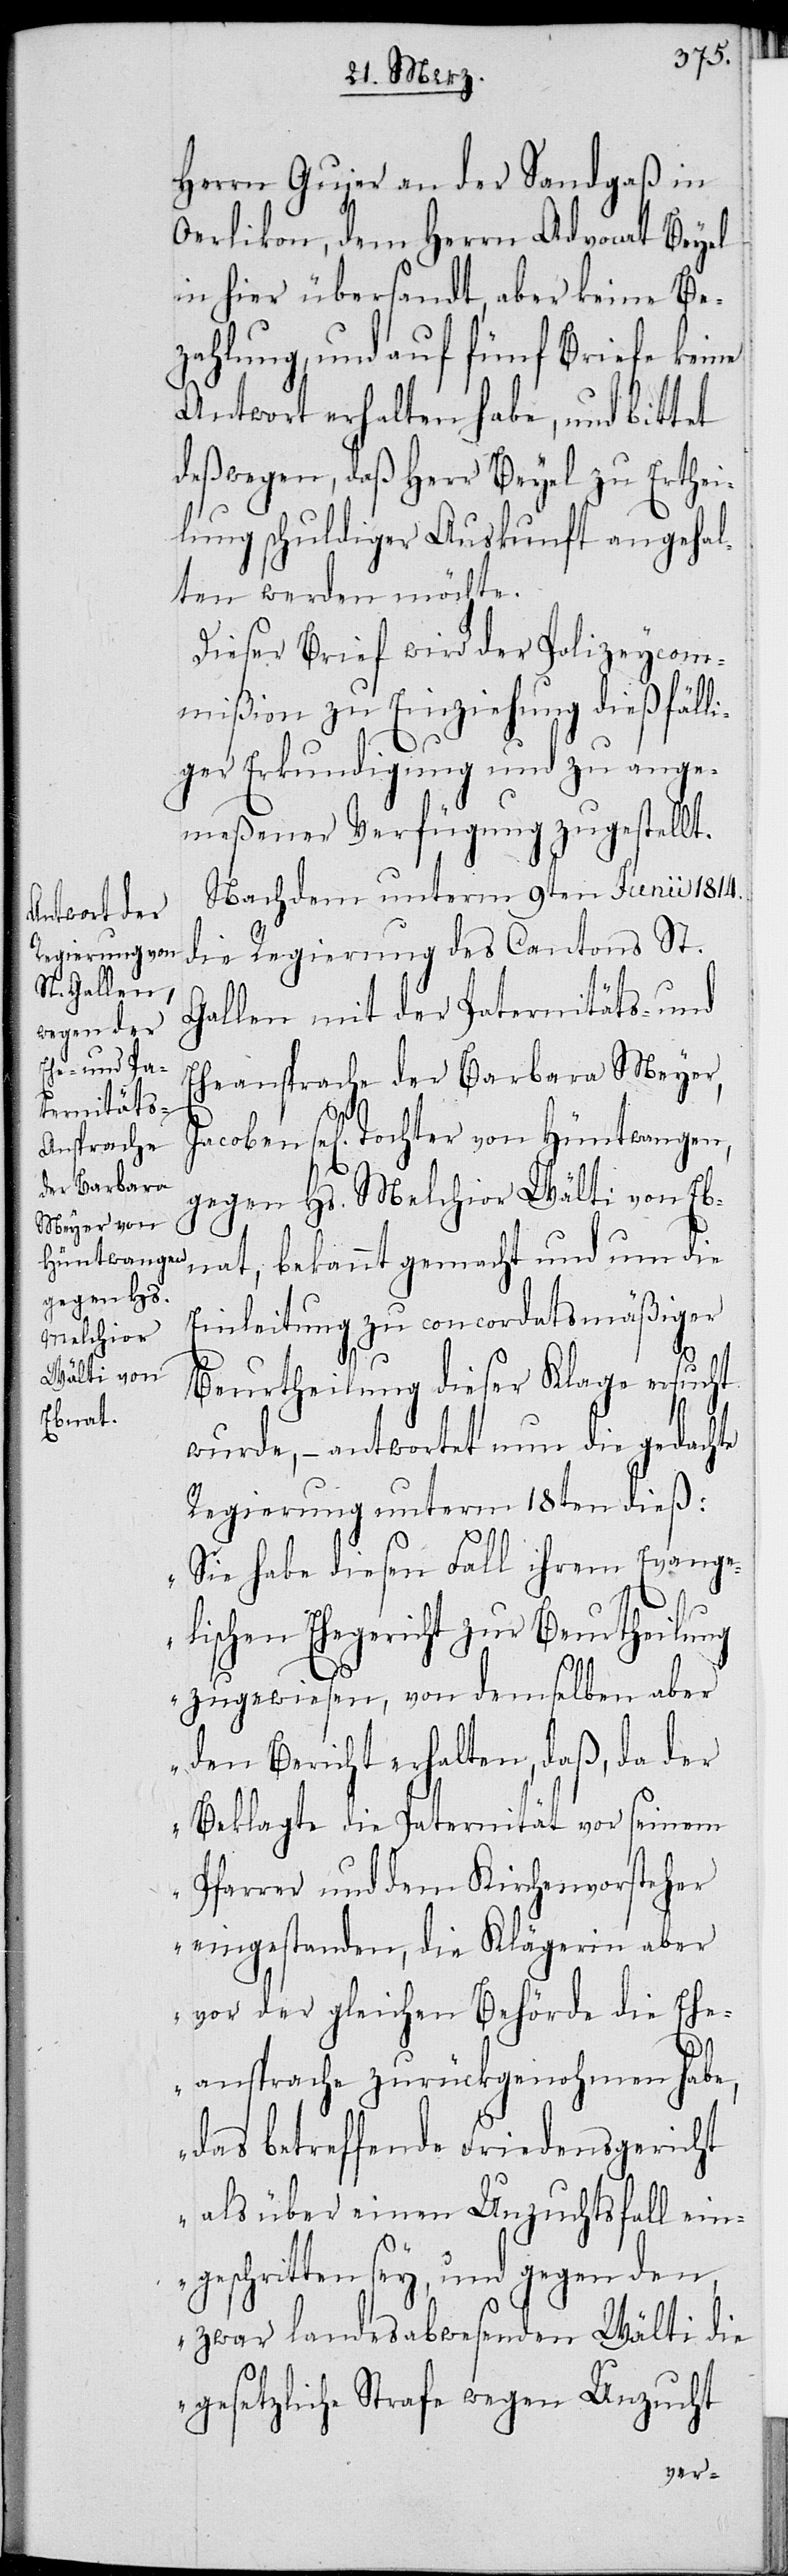
Hüntwangen,

Herrn Gujer an der Sandgaß in
Oerlikon, dem Herrn Advocat Beyel
in hier übersandt, aber keine Be¬
zahlung, und auf fünf Briefe keine
Antwort erhalten habe, und bittet
deßwegen, daß Herr Beyel zu Erthei¬
lung schuldiger Auskunft angehal¬
ten werden möchte.
Dieser Brief wird der Polizeycom¬
mißion zu Einziehung dießfälli¬
ger Erkundigung und zu ange¬
meßener Verfügung zugestellt.
Nachdem unterm 9ten Junii 1814.
die Regierung des Cantons St.
Gallen mit der Paternitäts- und
Eheansprache der Barbara Meyer,
gegen Hs. Melchior Wälti von Eb¬
nat, bekannt gemacht und um die
Einleitung zu concordatsmäßiger
Beurtheilung dieser Klage ersucht
wurde, – antwortet nun die gedachte
Regierung unterm 18ten dieß:
„Sie habe diesen Fall ihrem Evange¬
lischen Ehegericht zur Beurtheilung
zugewiesen, von demselben aber
den Bericht erhalten, daß, da der
Beklagte die Paternität vor seinem
Pfarrer und dem Kirchenvorsteher
eingestanden, die Klägerin aber
vor der gleichen Behörde die Ehe¬
ansprache zurückgenohmen habe,
das betreffende Friedensgericht
als über einen Unzuchtsfall ein¬
geschritten sey, und gegen den,
zwar landesabwesenden Wälti die
gesetzliche Strafe wegen Unzucht